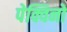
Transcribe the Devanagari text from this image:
पेक्विनो